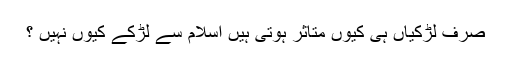
صرف لڑکیاں ہی کیوں متاثر ہوتی ہیں اسلام سے لڑکے کیوں نہیں ؟